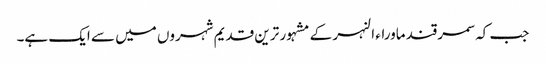
جب کہ سمرقند ماوراء النہر کے مشہور ترین قدیم شہروں میں سے ایک ہے۔